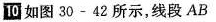
如图30 - 42所示，线段AB